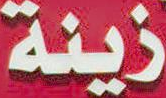
زينة